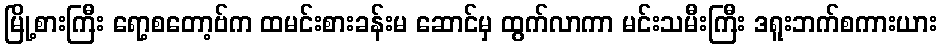
မြို့စားကြီး ရော့စတော့ဗ်က ထမင်းစားခန်းမ ဆောင်မှ ထွက်လာကာ မင်းသမီးကြီး ဒရူးဘက်စကားယား